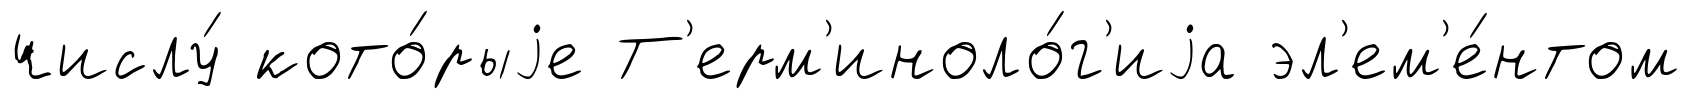
числу́ кото́рыjе Т'ерм'иноло́г'иjа эл'ем'е́нтом